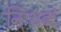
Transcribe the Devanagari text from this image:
निःशब्दं